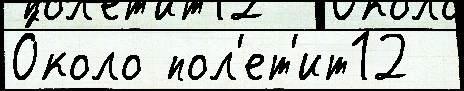
О́коло пол'ет'ит12